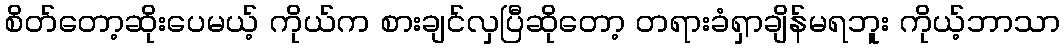
စိတ်တော့ဆိုးပေမယ့် ကိုယ်က စားချင်လှပြီဆိုတော့ တရားခံရှာချိန်မရဘူး ကိုယ့်ဘာသာ